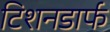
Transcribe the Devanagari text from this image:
टिशनडार्फ